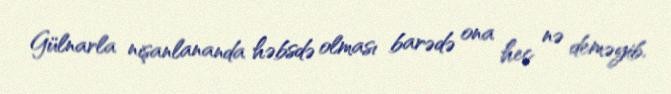
Gülnarla nişanlananda həbsdə olması barədə ona heç nə deməyib.